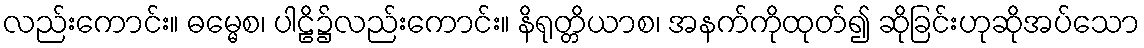
လည်းကောင်း။ ဓမ္မေစ၊ ပါဠိ၌လည်းကောင်း။ နိရုတ္တိယာစ၊ အနက်ကိုထုတ်၍ ဆိုခြင်းဟုဆိုအပ်သော